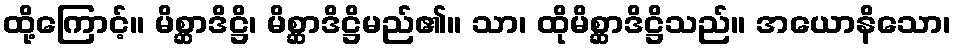
ထို့ကြောင့်။ မိစ္ဆာဒိဋ္ဌိ၊ မိစ္ဆာဒိဋ္ဌိမည်၏။ သာ၊ ထိုမိစ္ဆာဒိဋ္ဌိသည်။ အယောနိသော၊